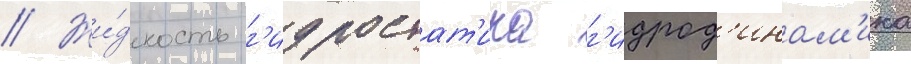
// Жи́дкость г'идростат'ика г'идрод'инам'ика